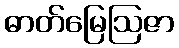
ဓာတ်မြေဩဇာ